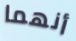
أنهما